Madras plague regulations and rules - Volume 2
Disease focus: Plague
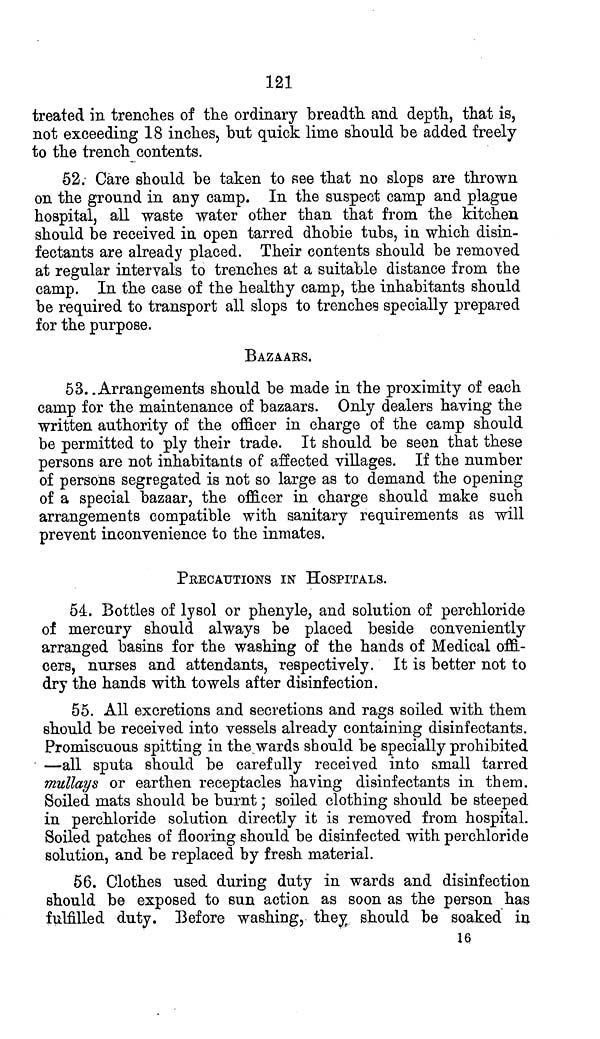
121
treated in trenches of the ordinary breadth and depth, that is,
not exceeding 18 inches, but quick lime should be added freely
to the trench contents.
52. Care should be taken to see that no slops are thrown
on the ground in any camp. In the suspect camp and plague
hospital, all waste water other than that from the kitchen
should be received in open tarred dhobie tubs, in which disin-
fectants are already placed. Their contents should be removed
at regular intervals to trenches at a suitable distance from the
camp. In the case of the healthy camp, the inhabitants should
be required to transport all slops to trenches specially prepared
for the purpose.
BAZAARS.
53. .Arrangements should be made in the proximity of each
camp for the maintenance of bazaars. Only dealers having the
written authority of the officer in charge of the camp should
be permitted to ply their trade. It should be seen that these
persons are not inhabitants of affected villages. If the number
of persons segregated is not so large as to demand the opening
of a special bazaar, the officer in charge should make such
arrangements compatible with sanitary requirements as will
prevent inconvenience to the inmates.
PRECAUTIONS IN HOSPITALS.
54. Bottles of lysol or phenyle, and solution of perchloride
of mercury should always be placed beside conveniently
arranged basins for the washing of the hands of Medical offi-
cers, nurses and attendants, respectively. It is better not to
dry the hands with towels after disinfection.
55. All excretions and secretions and rags soiled with them
should be received into vessels already containing disinfectants.
Promiscuous spitting in the wards should be specially prohibited
—all sputa should be carefully received into small tarred
mullays or earthen receptacles having disinfectants in them.
Soiled mats should be burnt; soiled clothing should be steeped
in perchloride solution directly it is removed from hospital.
Soiled patches of flooring should be disinfected with perchloride
solution, and be replaced by fresh material.
56. Clothes used during duty in wards and disinfection
should be exposed to sun action as soon as the person has
fulfilled duty. Before washing, they should be soaked in
16